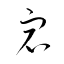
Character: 宕